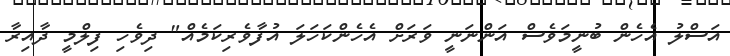
އަސްލު އެހެން ބުނީމަވެސް އަންނަނީ ވަރަށް އެހެންކަހަލަ އުފާވެރިކަމެއް" ދިވެހި ފިލްމީ ދާއިރާ